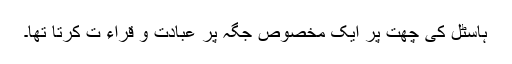
ہاسٹل کی چھت پر ایک مخصوص جگہ پر عبادت و قراء ت کرتا تھا۔